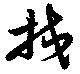
挍